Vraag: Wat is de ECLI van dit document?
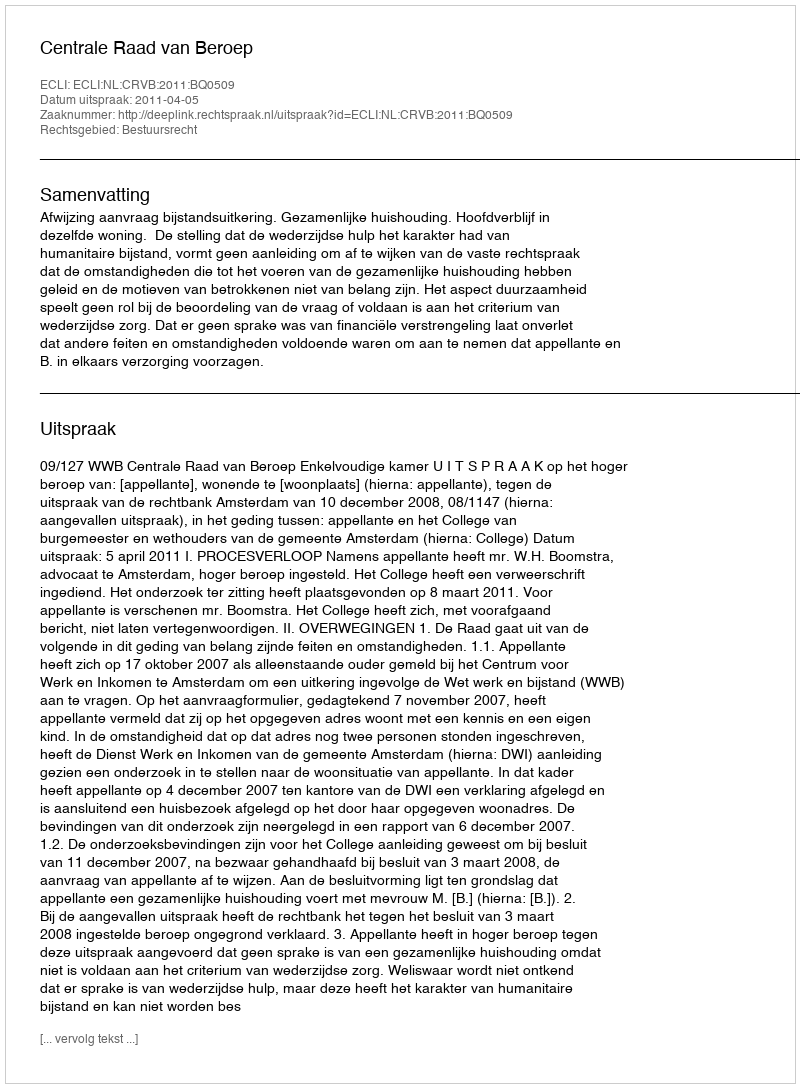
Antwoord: ECLI:NL:CRVB:2011:BQ0509